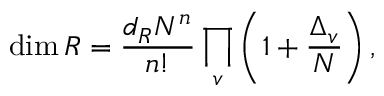
\dim R = { \frac { d _ { R } N ^ { n } } { n ! } } \prod _ { v } \left( 1 + { \frac { \Delta _ { v } } { N } } \right) ,